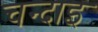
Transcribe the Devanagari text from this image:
चन्दाइ